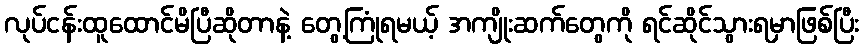
လုပ်ငန်းထူထောင်မိပြီဆိုတာနဲ့ တွေ့ကြုံရမယ့် အကျိုးဆက်တွေကို ရင်ဆိုင်သွားရမှာဖြစ်ပြီး